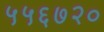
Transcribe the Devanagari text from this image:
५५६७२०